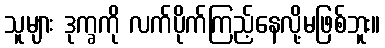
သူများ ဒုက္ခကို လက်ပိုက်ကြည့်နေလို့မဖြစ်ဘူး။